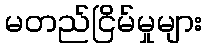
မတည်ငြိမ်မှုများ